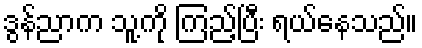
ဒွန်ညာက သူ့ကို ကြည့်ပြီး ရယ်နေသည်။